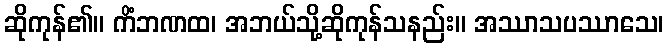
ဆိုကုန်၏။ ကိံဘဏထ၊ အဘယ်သို့ဆိုကုန်သနည်း။ အဿာသပဿာသေ၊